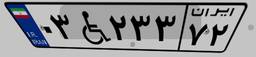
۰۳W۲۳۳۷۲